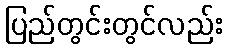
ပြည်တွင်းတွင်လည်း